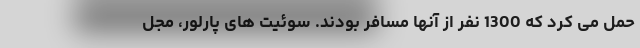
حمل می کرد که 1300 نفر از آنها مسافر بودند. سوئیت های پارلور، مجل